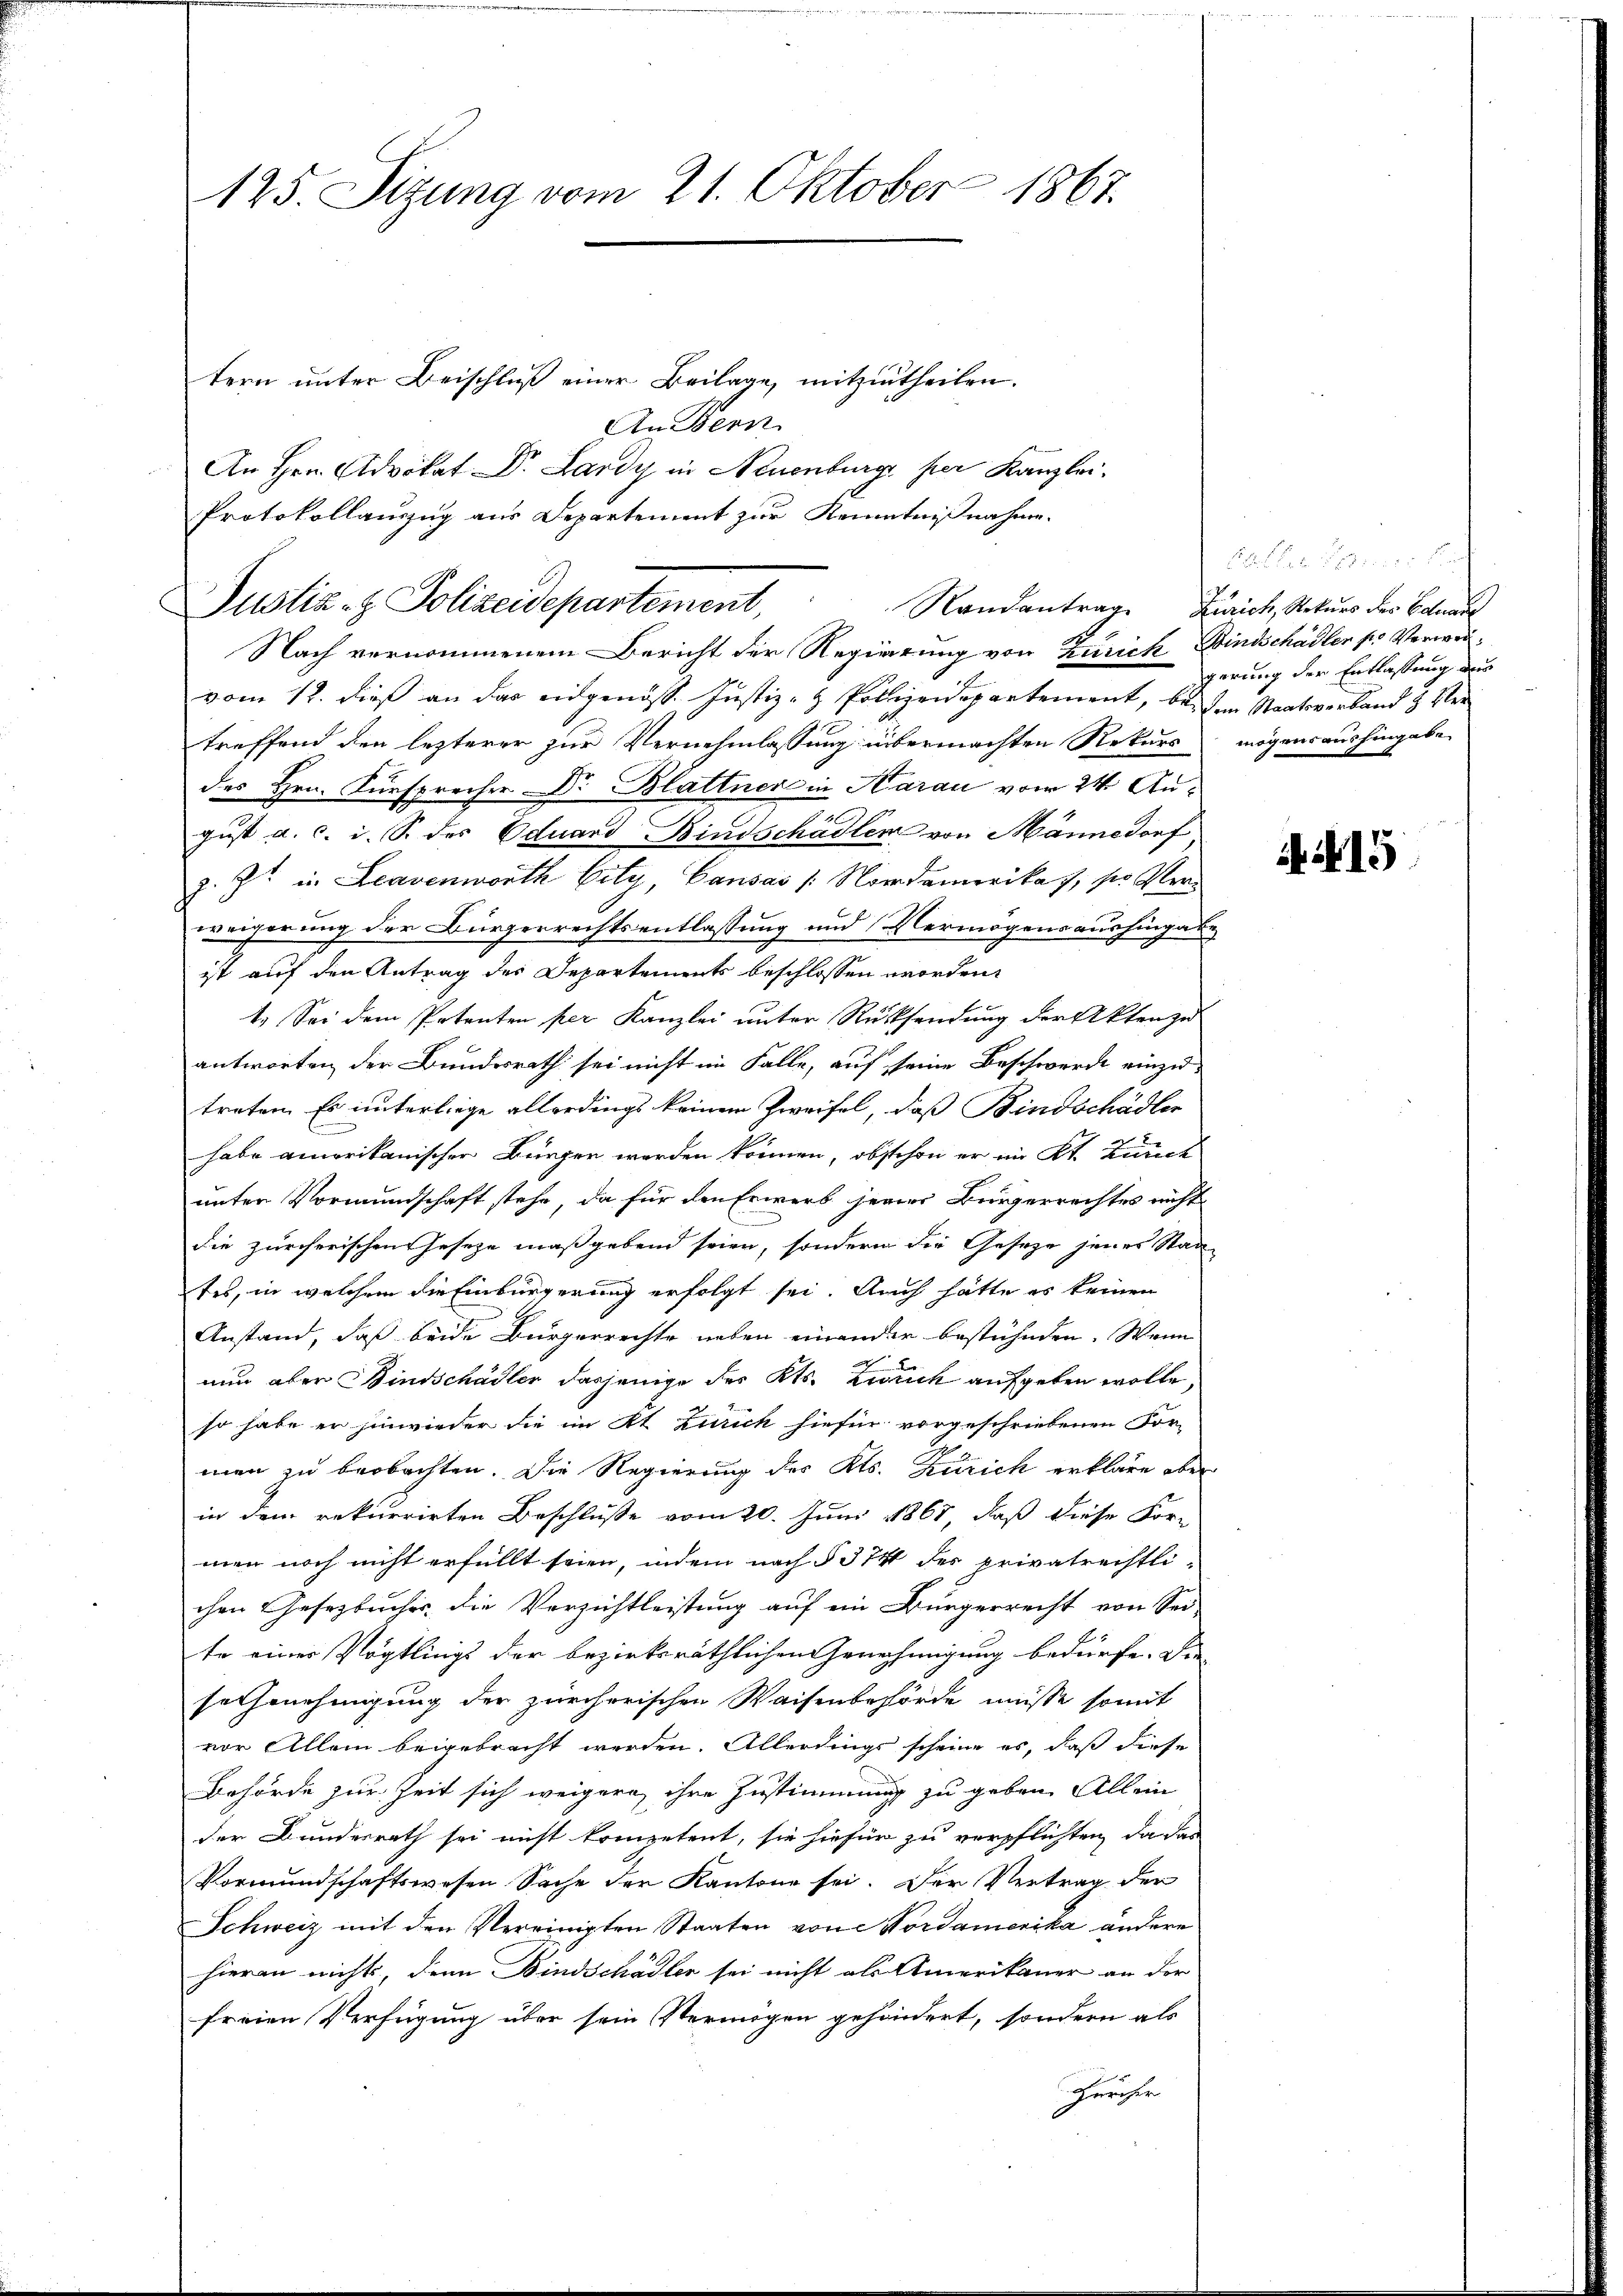
125. Sizung vom 21. Oktober 1867.

Justiz- & Polizeidepartement,
Randantrag
Nach vernommenem Bericht der Regierung von Zürich Bindschädler pr Verwei¬

tern unter Beischluß einer Beilage, mitzutheilen.
An Bern
An Hrn. Advokat Dr. Lardy in Neuenburg her Kanzlei
Protokollauszug aus Departement zur Kenntnißnahme.

vom 12. dieß an das eidgenöss. Justiz- & Polizeidepartement, bei dem Staatsverband & Ver
treffend den lezterer zur Vernehmlassung übermachten Rekurs
des Hrn. Fürsprecher Dr Blattner in Aarau vom 24. August a. c. i. S. des Eduard Bindschädler von Männedorf
z. Zt. in Leavenworth City, Causas /: Nordamerikas, so verweigerung der Bürgerrechtsentlassung und Vermögensaushingabe
ist auf den Antrag des Departements beschlossen worden,
1. Sei dem Petenten per Kanzlei unter Rücksendung der Akten zu
antworten der Bundesrath sei nicht im Falle, auf seine Beschwerde einzu-
treten. Es unterliege allerdings keinem Zweifel, daß Bindschädler
habe amerikanischer Bürger werden können, obschon er im Kt. Zuner
unter Vormundschaft stehe, da für den Erwerb jenes Bürgerrechtes nicht
die zürcherischen Geseze maßgebend seien, sondern die Geseze jenes Staa
tes, in welchem die Einbürgerung erfolgt sei. Auch hätte es keinen
Anstand, daß beide Bürgerrechte neben einander bestühnden. Wenn
nun aber Bindschädler dasjenige des Kts. Zweck aufgeben wolle.
so habe er hinwieder die im Kt. Zürich hiefür vorgeschriebenen For-
men zu beobachten. Die Regierung des Kts. Zürich erkläre ober
in dem rekurrirten Beschluße vom 20. Juni 1867, daß diese For-
men noch nicht erfüllt seien, indem nach § 374 des privatrechtlichen Gesetzbucher die Verzichtleistung auf ein Bürgerrecht von Sei-
te einer Vögtlings der bezirksräthlichen Genehmigung bedürfe. Die
seigenehmigung der zürcherischen Waisenbehörde müsse somit
vor Allein beigebracht werden. Allerdings scheine es, daß diese
Behörde zur Zeit sich weigern, ihre Zustimmung zu geben. Allein
der Bundesrath sei nicht kompetent, sie hiefür zu verpflichten, da das
Vormundschaftswesen Sache der Kantone sei. Der Vertrag der
Schweiz mit den Vereinigten Staaten von Nordamerika andere
hieran nichts, denn Bindschädler sei nicht als Amerikaner an der
freien Verfügung über sein Vermögen gehindert, sondern als
Geruher

11 xx
Zürich, Rekurs des Eduare
gerung der Entlassung aus
mögens aushingabe.

4415